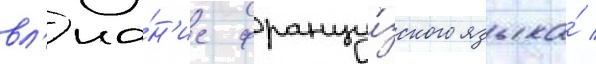
вл'иа́н'ие францу́зского языка́ /